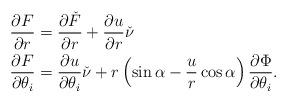
LaTeX: \begin{align*}\frac{\partial F}{\partial r} &= \frac{\partial\check{F}}{\partial r} +\frac{\partial u}{\partial r}\check{\nu} \\\frac{\partial F}{\partial \theta_i} &= \frac{\partial u}{\partial \theta_i} \check{\nu} + r\left(\sin \alpha - \frac{u}{r} \cos \alpha\right) \frac{\partial \Phi}{\partial \theta_i}.\end{align*}